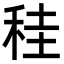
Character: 䅅